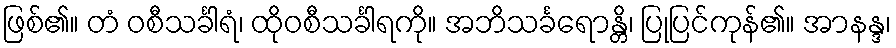
ဖြစ်၏။ တံ ဝစီသင်္ခါရံ၊ ထိုဝစီသင်္ခါရကို။ အဘိသင်္ခရောန္တိ၊ ပြုပြင်ကုန်၏။ အာနန္ဒ၊